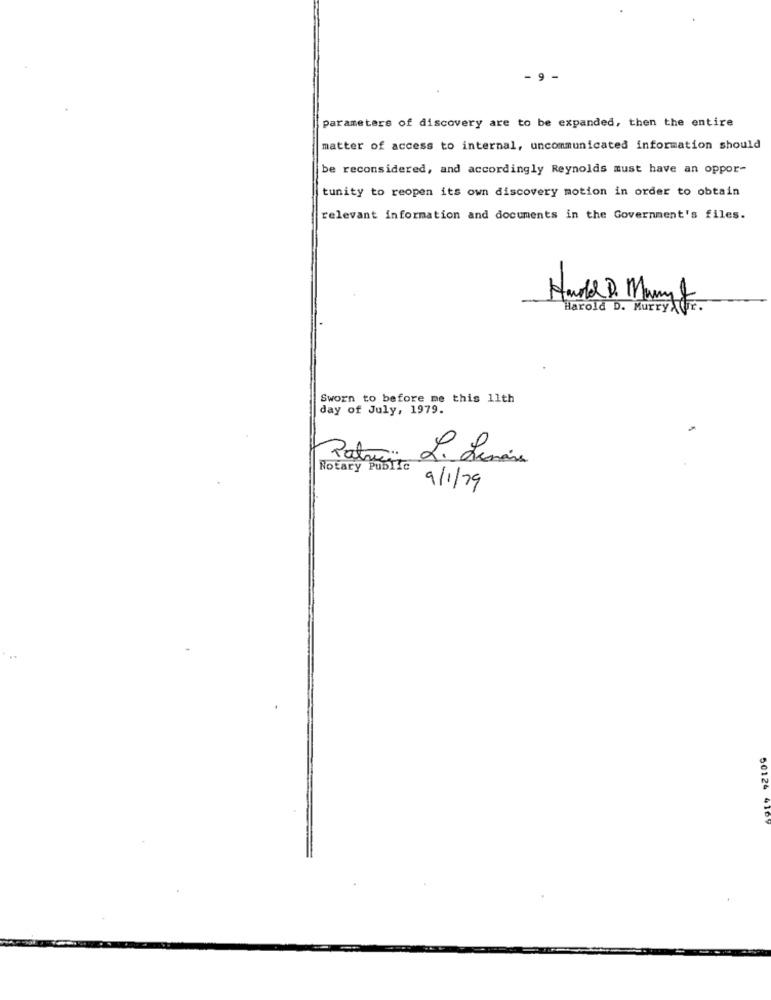
- 9 -
Parameters of discovery are to be expanded, then the entire
matter of access to internal, uncommunicated information should
be reconsidered, and accordingly Reynolds must have an oppor-
tunity to reopen its own discovery motion in order to obtain
relevant information and documents in the Government's files.
Hard D. Many &
Harold D. MurryAQr.
Sworn to before me this 11th
day of July, 1979.
Patro:
Notary Public
9/1/79
50124 4101